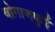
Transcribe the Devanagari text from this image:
बोगाजकुई